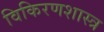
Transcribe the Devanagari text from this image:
विकिरणशास्त्र